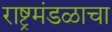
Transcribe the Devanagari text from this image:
राष्ट्रमंडळाचा